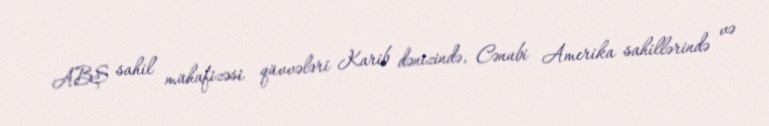
ABŞ sahil mühafizəsi qüvvələri Karib dənizində, Cənubi Amerika sahillərində və